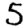
Digit: 5